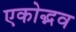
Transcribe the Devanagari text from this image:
एकोद्भव